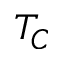
T _ { C }